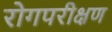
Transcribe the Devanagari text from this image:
रोगपरीक्षण